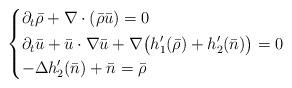
LaTeX: \begin{align*} \begin{dcases}\partial_t \bar \rho + \nabla \cdot (\bar \rho \bar u) = 0 \\\partial_t \bar u + \bar u \cdot \nabla \bar u + \nabla\big(h_1^\prime(\bar \rho)+h_2^\prime(\bar n) \big) = 0 \\- \Delta h_2^\prime(\bar n) + \bar n = \bar \rho \end{dcases}\end{align*}